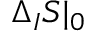
\Delta _ { I } S | _ { 0 }